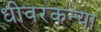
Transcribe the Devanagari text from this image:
धीवरकन्या